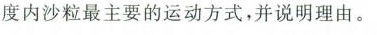
度内沙粒最主要的运动方式，并说明理由。